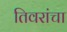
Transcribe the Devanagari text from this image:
तिवरांचा